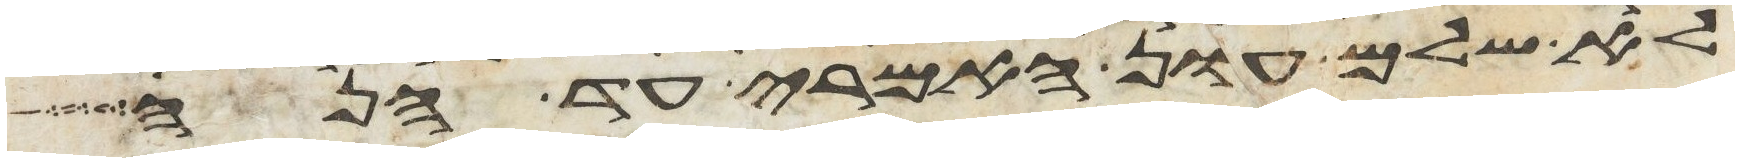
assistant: לא שלם עון האמרי עד הנה